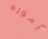
أموره